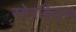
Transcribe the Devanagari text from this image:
स्टेरॉईड्ज